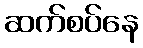
ဆက်စပ်နေ